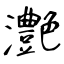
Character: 灔